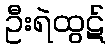
ဦးရဲထွဋ်